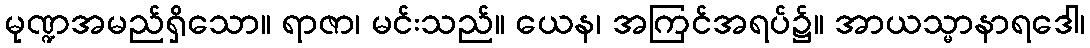
မုဏ္ဍအမည်ရှိသော။ ရာဇာ၊ မင်းသည်။ ယေန၊ အကြင်အရပ်၌။ အာယသ္မာနာရဒေါ၊